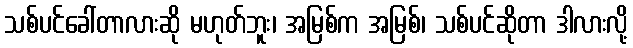
သစ်ပင်ခေါ်တာလားဆို မဟုတ်ဘူး၊ အမြစ်က အမြစ်၊ သစ်ပင်ဆိုတာ ဒါလားလို့